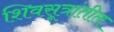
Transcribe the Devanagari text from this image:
शिवसूत्रांतील